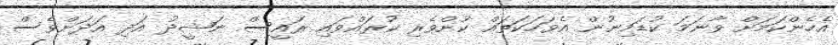
އެހެންކަމަށް ވާނަމަ ކުޑަމިނުން އެވަހަކަތައް ކުށްވެރި ކުރައްވައި ރައީސް ނަޝީދު އަދި އަދަށްވެސް